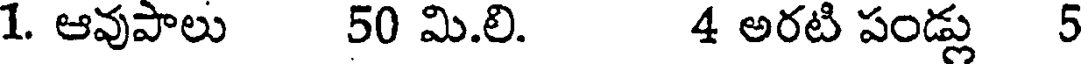
1. ఆవుపాలు 50 మి.లి. 4 అరటి పండ్లు 5